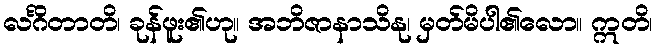
လင်္ဂိတာတိ၊ ခုန်ဖူး၏ဟု။ အဘိဇာနာသိနု၊ မှတ်မိပါ၏လော။ ဣတိ၊